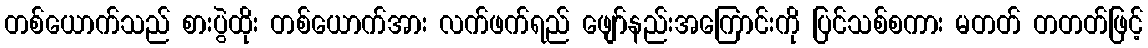
တစ်ယောက်သည် စားပွဲထိုး တစ်ယောက်အား လက်ဖက်ရည် ဖျော်နည်းအကြောင်းကို ပြင်သစ်စကား မတတ် တတတ်ဖြင့်